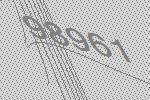
98961